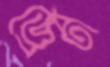
ড্রেন